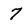
Character: 7